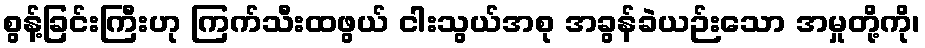
စွန့်ခြင်းကြီးဟု ကြက်သီးထဖွယ် ငါးသွယ်အစု အခွန်ခဲယဉ်းသော အမှုတို့ကို၊